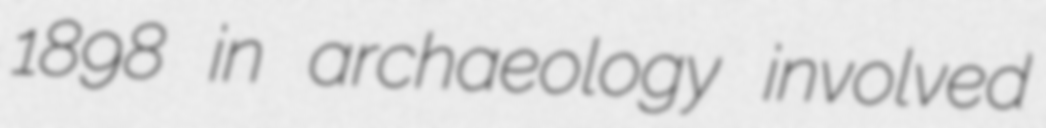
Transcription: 1898 in archaeology involved